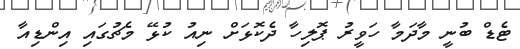
ޓެޑް ބުނީ މާދަމާ ހަވީރު ޕޮލިހާ ދެކޮޅަށް ނިއު ކުޅޭ މެޗުގައި އިންޑިއާ